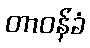
တာဝန်ခံ